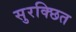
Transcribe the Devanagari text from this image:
सुरक्छित